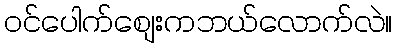
ဝင်ပေါက်စျေးကဘယ်လောက်လဲ။